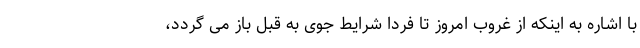
با اشاره به اینکه از غروب امروز تا فردا شرایط جوی به قبل باز می گردد،